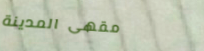
مقهى المدينة